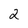
Character: 2